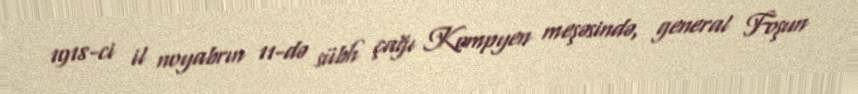
1918-ci il noyabrın 11-də sübh çağı Kompyen meşəsində, general Foşun